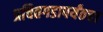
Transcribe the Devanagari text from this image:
प्रचितगडापर्यंतचा